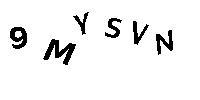
9MYSVN